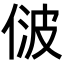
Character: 𬾢